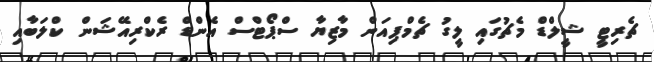
ޗެރިޓީ ޝީލްޑް މެޗުގައި ލީގު ޗެމްޕިއަން މާޒިޔާ ސްޕޯޓްސް އެންޑް ރެކްރިއޭޝަން ކްލަބާއި